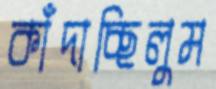
কাঁদাচ্ছিলুম